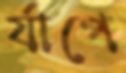
র‍্যাপে